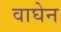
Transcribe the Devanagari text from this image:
वाघेन